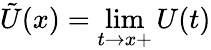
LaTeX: {\tilde{U}}(x)=\operatorname*{lim}_{t\to x+}U(t)